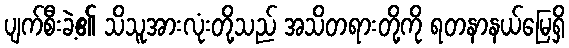
ပျက်စီးခဲ့၏ သိသူအားလုံးတို့သည် အသိတရားတို့ကို ရတနာနယ်မြေရှိ